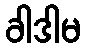
ခါဒါမ